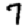
Digit: 7